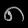
Digit: ၈